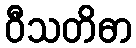
ဝီသတိဓာ